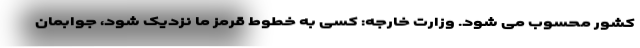
کشور محسوب می شود. وزارت خارجه: کسی به خطوط قرمز ما نزدیک شود، جوابمان